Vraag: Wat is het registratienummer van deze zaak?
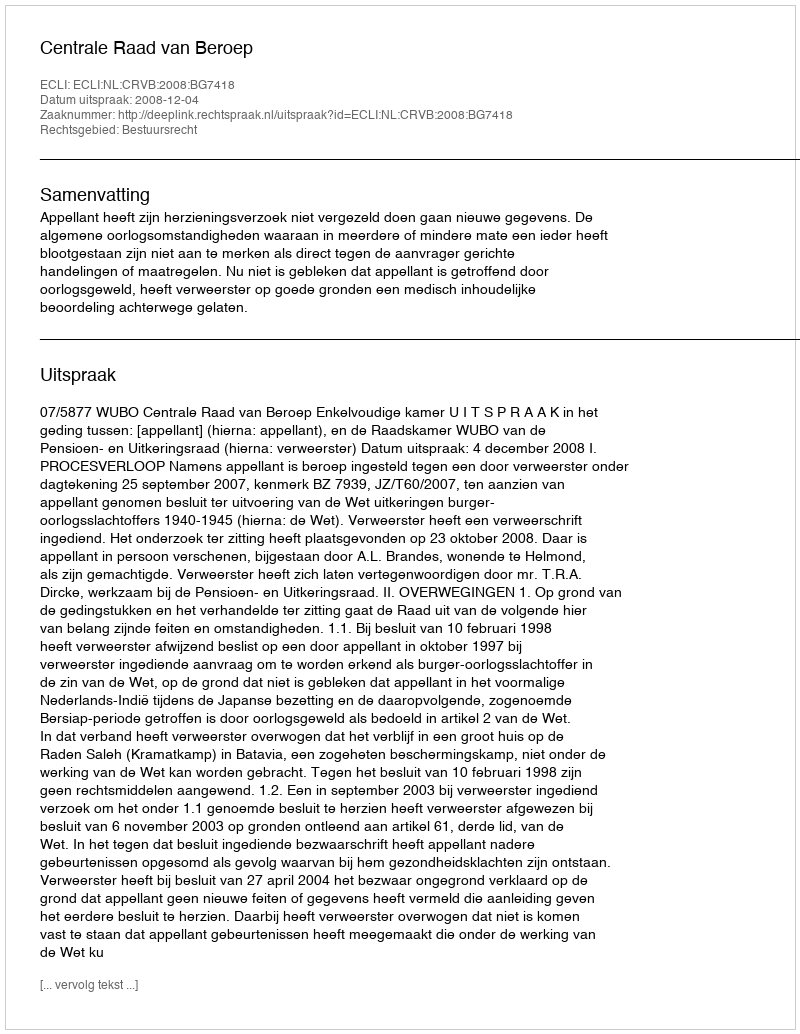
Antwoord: http://deeplink.rechtspraak.nl/uitspraak?id=ECLI:NL:CRVB:2008:BG7418